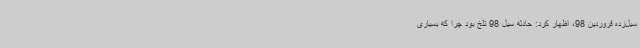
سیل‌زده فروردین 98، اظهار کرد: حادثه سیل 98 تلخ بود چرا که بسیاری